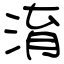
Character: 淯